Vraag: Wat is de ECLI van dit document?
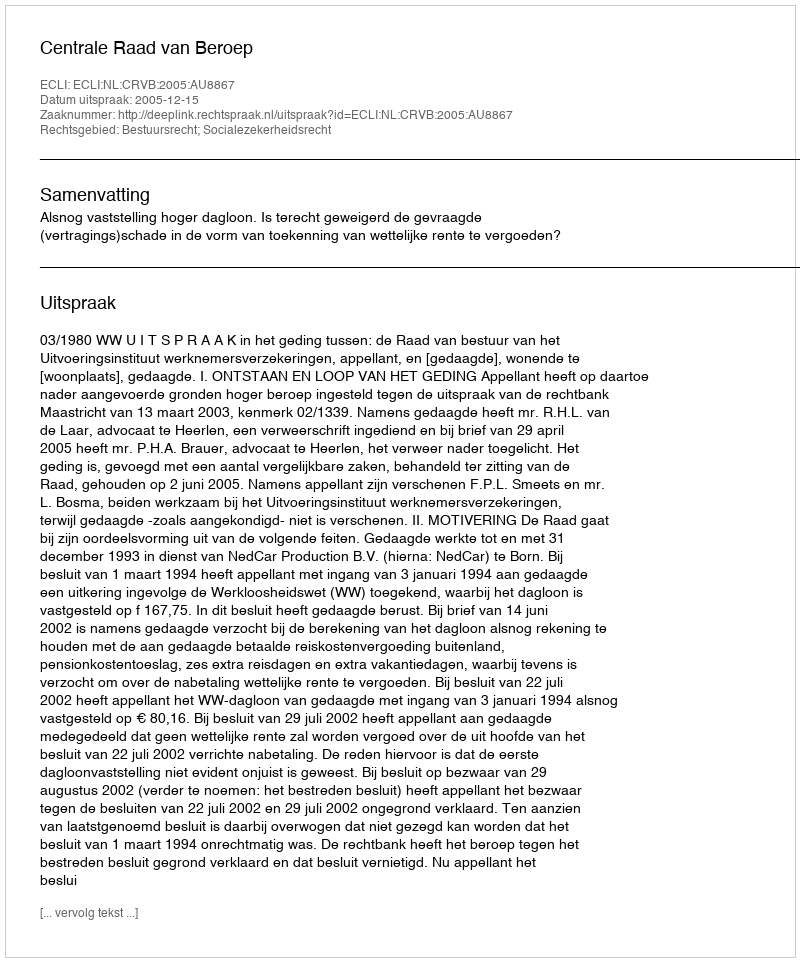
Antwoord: ECLI:NL:CRVB:2005:AU8867